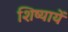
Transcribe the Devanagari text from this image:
शिष्यायें